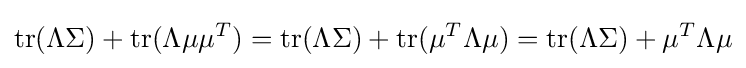
\operatorname {tr} (\Lambda \Sigma )+\operatorname {tr} (\Lambda \mu \mu ^{T})=\operatorname {tr} (\Lambda \Sigma )+\operatorname {tr} (\mu ^{T}\Lambda \mu )=\operatorname {tr} (\Lambda \Sigma )+\mu ^{T}\Lambda \mu